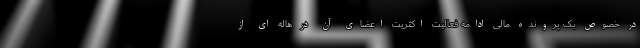
در خصوص یک پرونده مالی ادامه فعالیت اکثریت اعضای آن در هاله ای از